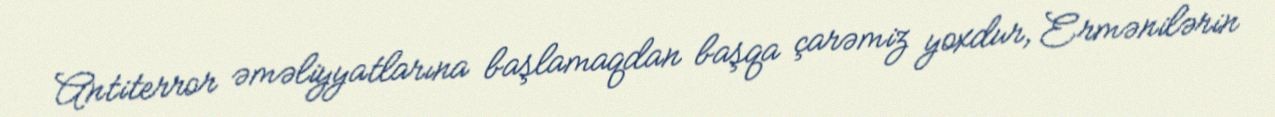
Antiterror əməliyyatlarına başlamaqdan başqa çarəmiz yoxdur, Ermənilərin